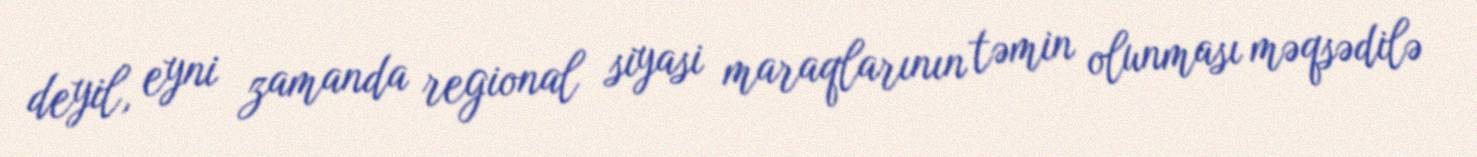
deyil, eyni zamanda regional siyasi maraqlarının təmin olunması məqsədilə